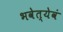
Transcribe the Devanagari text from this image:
भवेत्येवं